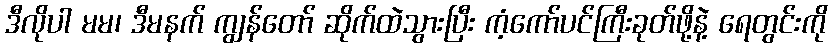
ဒီလိုပါ မမ၊ ဒီမနက် ကျွန်တော် ဆိုက်ထဲသွားပြီး ကံ့ကော်ပင်ကြီးခုတ်ဖို့နဲ့ ရေတွင်းကို